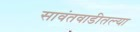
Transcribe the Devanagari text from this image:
सावंतवाडीतल्या